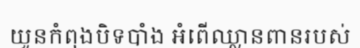
យួនកំពុងបិទបាំង អំពើឈ្លានពានរបស់